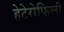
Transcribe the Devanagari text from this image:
हेटेरोफिली